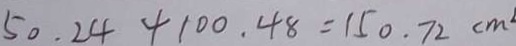
5 0 . 2 4 4 1 0 0 . 4 8 = 1 5 0 . 7 2 c m ^ { 2 }